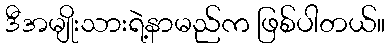
ဒီအမျိုးသားရဲ့နာမည်က ဖြစ်ပါတယ်။